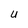
Character: U